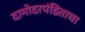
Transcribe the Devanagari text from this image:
दामोदरपंडिताचा